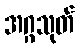
အဂ္ဂသုတ်